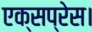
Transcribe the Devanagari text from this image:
एक्‍सप्रेस।